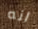
انه